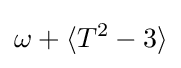
\omega +\langle T^{2}-3\rangle